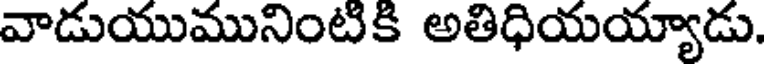
వాడుయుమునింటికి అతిధియయ్యాడు.